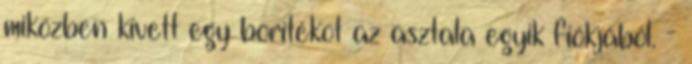
miközben kivett egy borítékot az asztala egyik fiókjából. -